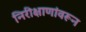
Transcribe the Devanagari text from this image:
निरीक्षाणांवरून